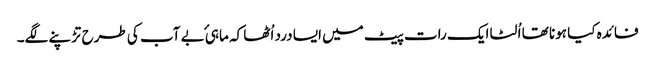
فائدہ کیا ہونا تھا اُلٹا ایک رات پیٹ میں ایسا درد اُٹھا کہ ماہیٔ بے آب کی طرح تڑپنے لگے۔